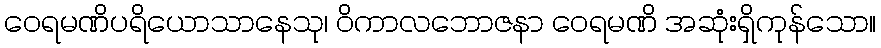
ဝေရမဏိပရိယောသာနေသု၊ ဝိကာလဘောဇနာ ဝေရမဏိ အဆုံးရှိကုန်သော။